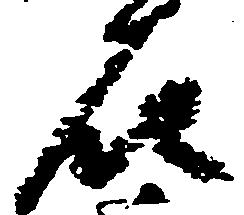
石